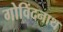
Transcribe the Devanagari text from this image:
गोविंदनाथ